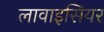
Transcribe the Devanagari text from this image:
लावाइसियर